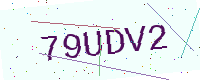
Text: 79UDV2